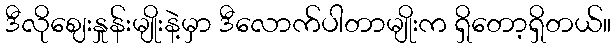
ဒီလိုဈေးနှုန်းမျိုးနဲ့မှာ ဒီလောက်ပါတာမျိုးက ရှိတော့ရှိတယ်။